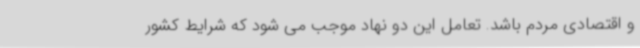
و اقتصادی مردم باشد. تعامل این دو نهاد موجب می شود که شرایط کشور